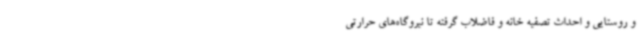
و روستایی و احداث تصفیه خانه و فاضلاب گرفته تا نیروگاه‌های حرارتی